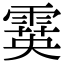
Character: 霙